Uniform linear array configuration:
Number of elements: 48
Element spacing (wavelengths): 0.5
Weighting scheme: hann
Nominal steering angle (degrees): -60
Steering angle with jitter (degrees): -58.987
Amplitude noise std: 0.05
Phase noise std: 0.05

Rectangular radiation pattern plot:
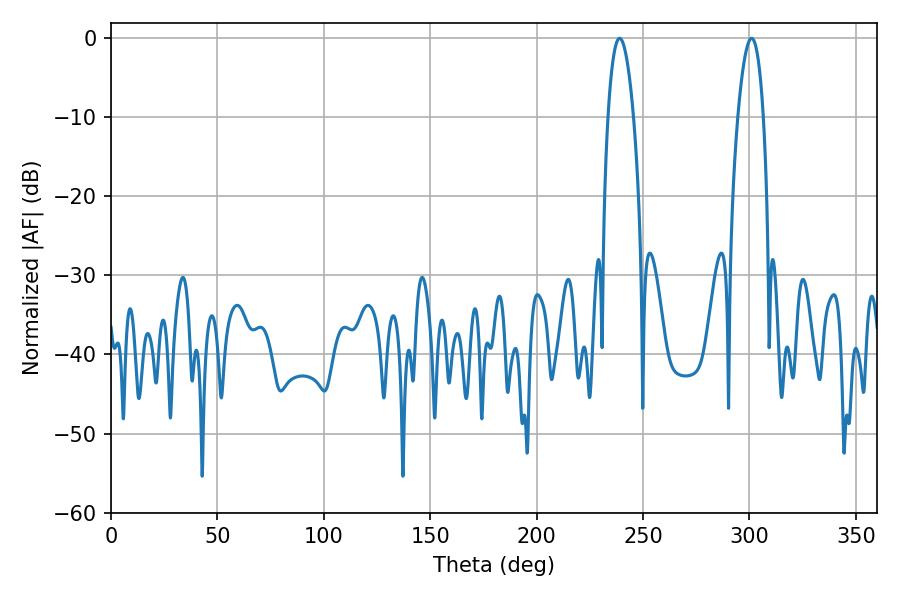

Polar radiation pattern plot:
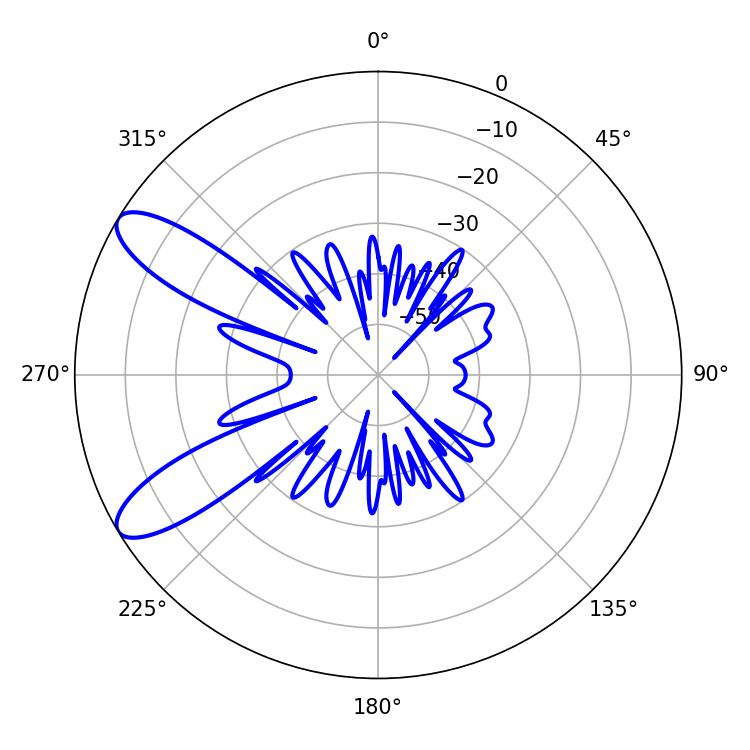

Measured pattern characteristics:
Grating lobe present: FALSE
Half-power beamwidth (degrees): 6.66
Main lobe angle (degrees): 239.04